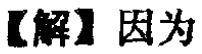
【解】因为